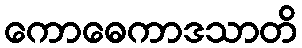
ကောဓေကာဒသာတိ